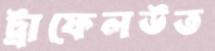
ট্রাফেলউত